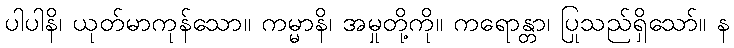
ပါပါနိ၊ ယုတ်မာကုန်သော။ ကမ္မာနိ၊ အမှုတို့ကို။ ကရောန္တာ၊ ပြုသည်ရှိသော်။ န